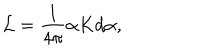
LaTeX: { \cal L } = \frac { 1 } { 4 \pi } \alpha K d \alpha ,